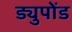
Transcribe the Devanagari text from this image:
ड्युपोंड